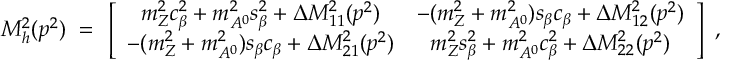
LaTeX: { \cal M } _ { h } ^ { 2 } ( p ^ { 2 } ) \ = \ \left[ \begin{array} { c c } { { m _ { Z } ^ { 2 } c _ { \beta } ^ { 2 } + m _ { A ^ { 0 } } ^ { 2 } s _ { \beta } ^ { 2 } + \Delta { \cal M } _ { 1 1 } ^ { 2 } ( p ^ { 2 } ) } } & { { - ( m _ { Z } ^ { 2 } + m _ { A ^ { 0 } } ^ { 2 } ) s _ { \beta } c _ { \beta } + \Delta { \cal M } _ { 1 2 } ^ { 2 } ( p ^ { 2 } ) } } \\ { { - ( m _ { Z } ^ { 2 } + m _ { A ^ { 0 } } ^ { 2 } ) s _ { \beta } c _ { \beta } + \Delta { \cal M } _ { 2 1 } ^ { 2 } ( p ^ { 2 } ) } } & { { m _ { Z } ^ { 2 } s _ { \beta } ^ { 2 } + m _ { A ^ { 0 } } ^ { 2 } c _ { \beta } ^ { 2 } + \Delta { \cal M } _ { 2 2 } ^ { 2 } ( p ^ { 2 } ) } } \end{array} \right] \ ,